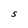
Character: S